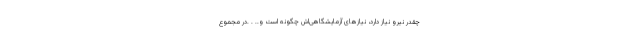
چقدر نیرو نیاز دارد، نیازهای آزمایشگاهی‌اش چگونه است و.. . .در مجموع